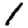
Digit: 1